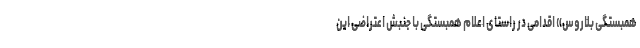
همبستگی بلاروس» اقدامی در راستای اعلام همبستگی با جنبش اعتراضی این